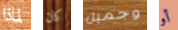
لماذا كان وجميل أو